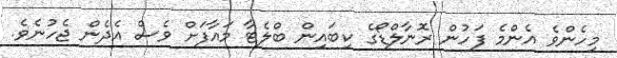
މިހެންވެ އެންމެ ފަހުން ރޮނާލްޑޯގެ ކިބައިން ބްލެޓާ މައާފަށް ވެސް އެދެން ޖެހުނެވެ.